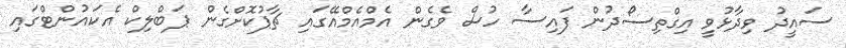
ސައީދު ވިދާޅުވީ އިގްތިސޯދުން ފައިސާ ހުސް ވެގެން އެމްއެމްއޭގައި ޗާޕުކޮށްގެން ޕަބްލިކް އެކައުންޓްގައި